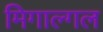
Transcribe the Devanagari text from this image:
मिगाल्गल